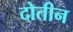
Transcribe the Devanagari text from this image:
दोतीन